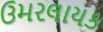
ઉમરલાયક